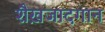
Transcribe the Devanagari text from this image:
शैख़जादगान